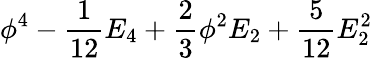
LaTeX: \phi^{4}-{\frac{1}{12}}E_{4}+{\frac{2}{3}}\phi^{2}E_{2}+{\frac{5}{12}}E_{2}^{2}